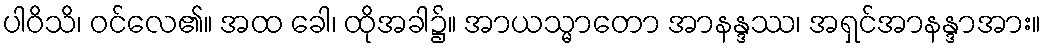
ပါဝိသိ၊ ဝင်လေ၏။ အထ ခေါ၊ ထိုအခါ၌။ အာယသ္မာတော အာနန္ဒဿ၊ အရှင်အာနန္ဒာအား။